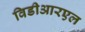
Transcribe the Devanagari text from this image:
विडीआरएल